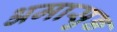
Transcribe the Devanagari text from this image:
अमासुङ